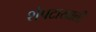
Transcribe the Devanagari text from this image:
शेपटाखाली